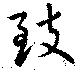
致